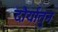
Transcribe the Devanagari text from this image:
दौर्यांतुन